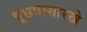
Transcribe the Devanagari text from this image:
भूछत्रासारखे